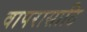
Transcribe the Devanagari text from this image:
वापरासाठि